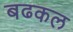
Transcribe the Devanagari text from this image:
बढकल